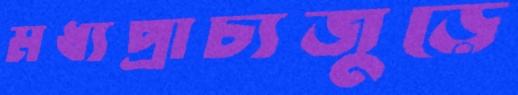
মধ্যপ্রাচ্যজুড়ে